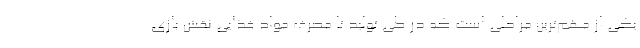
یکی از مهم‌ترین مراحلی است که در طی تولید تا مصرف مواد غذایی نقش بازی